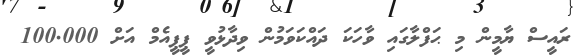
ރައީސް ޔާމީން މި ޙަފްލާގައި ވާހަކަ ދައްކަވަމުން ވިދާޅުވީ ޕީޕީއެމް އަށް 100.000